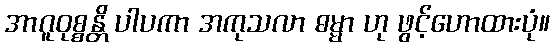
အာဂူဝုစ္စန္တိ ပါပကာ အကုသလာ ဓမ္မာ ဟု ဖွင့်ဟောထားပုံ။